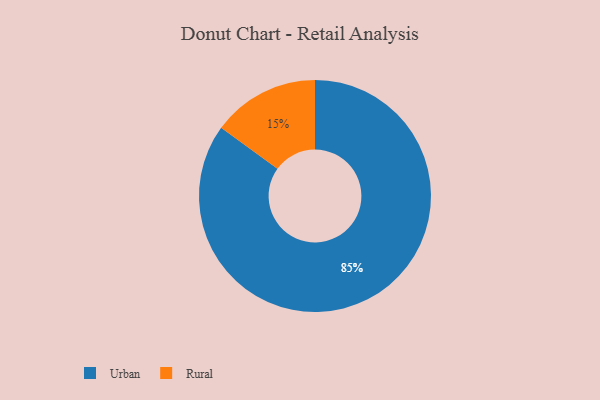
{"axis": {"x": "Category", "y": "Percentage"}, "legend": ["Rural", "Urban"], "data": [{"x": "Rural", "y": 15, "type": "Rural"}, {"x": "Urban", "y": 85, "type": "Urban"}]}